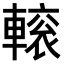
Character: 𨍽